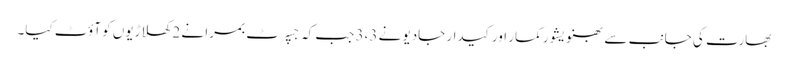
بھارت کی جانب سے بھنویشور کمار اور کیدار جادیو نے 3،3 جب کہ جسپرٹ بمرا نے 2 کھلاڑیوں کو آؤٹ کیا۔